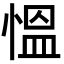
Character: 慍